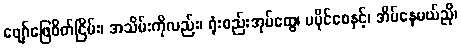
ဖျော်ဖြေစိတ်ငြိမ်း၊ အသိမ်းကိုလည်း၊ ရုံးစည်းအုပ်ထွေ၊ မပိုင်စေနှင့်၊ အိမ်နေမယ်ညို၊